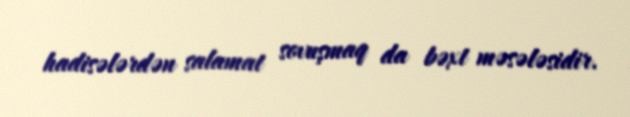
hadisələrdən salamat sovuşmaq da bəxt məsələsidir.